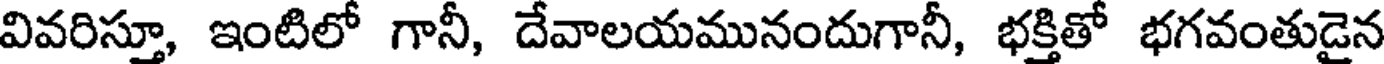
వివరిస్తూ, ఇంటిలో గానీ, దేవాలయమునందుగానీ, భక్తితో భగవంతుడైన